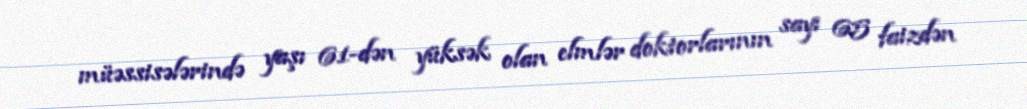
müəssisələrində yaşı 61-dən yüksək olan elmlər doktorlarının sayı 65 faizdən